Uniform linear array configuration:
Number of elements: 16
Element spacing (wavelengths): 1
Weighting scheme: hann
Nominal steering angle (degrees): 30
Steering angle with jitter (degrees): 29.435
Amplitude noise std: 0.05
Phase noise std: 0.05

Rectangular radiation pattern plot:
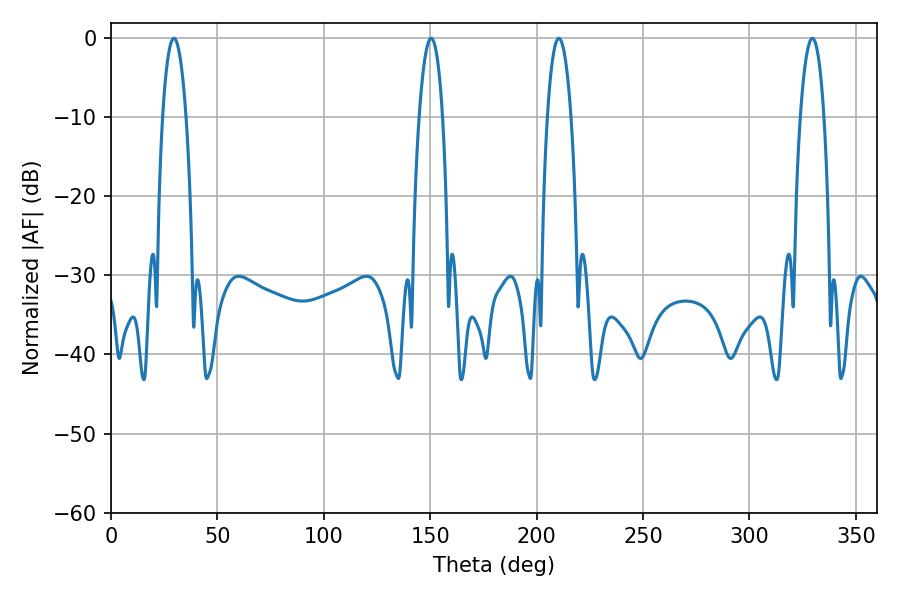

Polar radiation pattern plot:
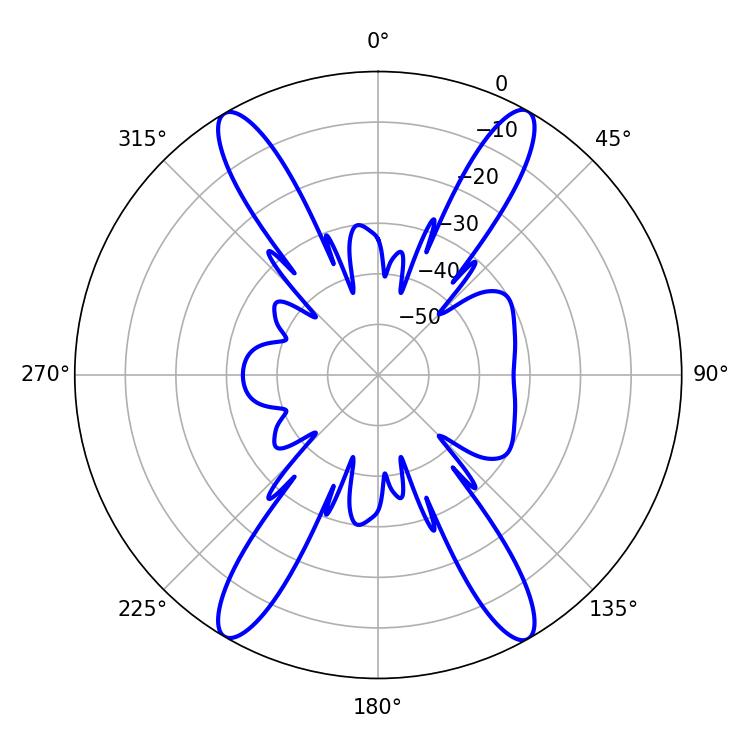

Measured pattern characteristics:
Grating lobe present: TRUE
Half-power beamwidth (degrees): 6.3
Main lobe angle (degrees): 210.42